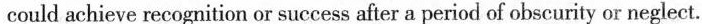
could achieve recognition or success after a period of obscurity or neglect.